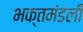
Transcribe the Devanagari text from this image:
भक्तमंडली